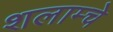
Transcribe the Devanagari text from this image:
शलाम्चे